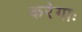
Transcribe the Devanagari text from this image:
करेगाः